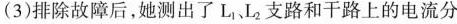
(3)排除故障后，她测出了L_{1}、L_{2}支路和干路上的电流分